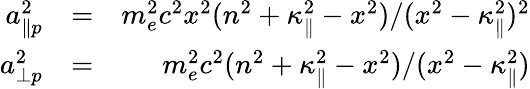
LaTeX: \begin{array}{rlr}{a_{\| p}^{2}}&{=}&{m_{e}^{2}c^{2}x^{2}(n^{2}+\kappa_{\| }^{2}-x^{2})/(x^{2}-\kappa_{\| }^{2})^{2}}\\ {a_{\perp p}^{2}}&{=}&{m_{e}^{2}c^{2}(n^{2}+\kappa_{\| }^{2}-x^{2})/(x^{2}-\kappa_{\| }^{2})}\end{array}